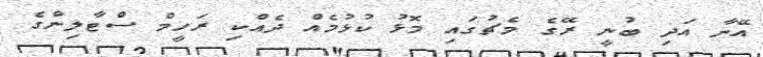
އޭނާ އަދި ބުނީ ރޭގެ މެޗުގައި މޮޅު ކުޅުމެއް ދެއްކި ރަހީމް ސްޓާލިންގެ